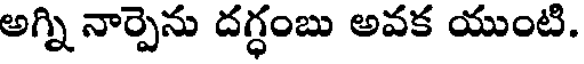
అగ్ని నార్పెను దగ్ధంబు అవక యుంటి.